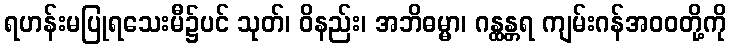
ရဟန်းမပြုရသေးမီ၌ပင် သုတ်၊ ဝိနည်း၊ အဘိဓမ္မာ၊ ဂန္ထန္တရ ကျမ်းဂန်အဝဝတို့ကို